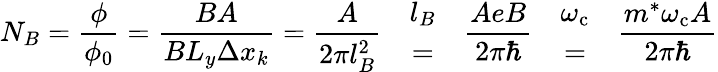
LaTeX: N_{B}={\frac{\phi}{\phi_{0}}}={\frac{BA}{BL_{y}\Delta x_{k}}}={\frac{A}{2\pi l_{B}^{2}}}{\begin{array}{lcr}&{l_{B}}&\\ &{=}&\end{array}}{\frac{AeB}{2\pi\hbar}}{\begin{array}{lcr}&{\omega_{\mathrm{{c}}}}&\\ &{=}&\end{array}}{\frac{m^{*}\omega_{\mathrm{{c}}}A}{2\pi\hbar}}